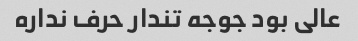
عالی بود جوجه تندار حرف نداره